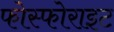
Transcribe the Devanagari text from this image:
फोस्फोराइट